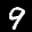
Label: 9